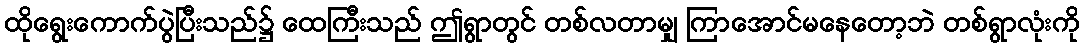
ထိုရွေးကောက်ပွဲပြီးသည်၌ ထေကြီးသည် ဤရွာတွင် တစ်လတာမျှ ကြာအောင်မနေတော့ဘဲ တစ်ရွာလုံးကို